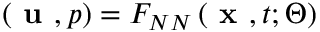
\left( \textbf { u } , p \right) = { { F } _ { N N } } \left( \textbf { x } , t ; \Theta \right)